Vaccination report Assam 1896-1927 - 1896-1927
Year: 1896
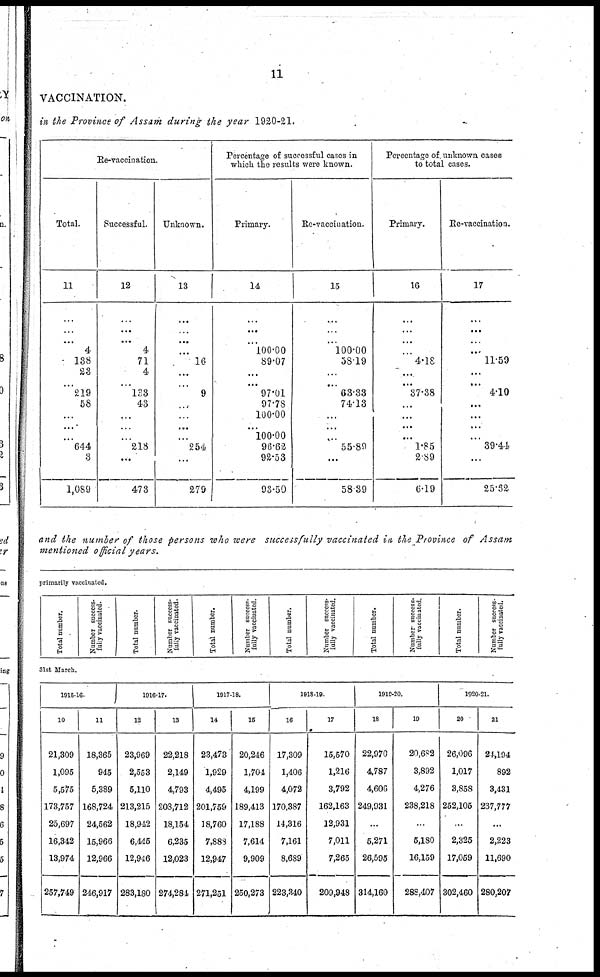
11
VACCINATION.
in the Province of Assam during the year 1920-21.
Re-vaccination.
Total.
11
...
...
...
4
138
23
...
219
58
...
...
...
644
8
1,089
Successful.
12
...
...
...
4
71
4
...
133
43
...
...
...
218
...
473
Unknown.
13
...
...
...
...
16
...
...
9
...
...
...
...
254
...
279
Percentage of successful cases in
which the results were known.
Primary.
14
...
...
...
100.00
89.07
...
...
97.01
97.78
100.00
...
100.00
96.62
92.53
93.50
Re-vaccination.
15
...
...
...
100.00
58.19
...
...
68.33
74.13
...
...
...
55.80
...
58.39
Percentage of unknown cases
to total cases.
Primary.
16
...
...
...
...
4.18
...
...
37.38
...
...
...
...
1.85
2.89
6.19
Re-vaccination.
17
...
...
...
...
11.59
...
...
4.10
...
...
...
...
39.44
...
25.62
and the number of those persons who were successfully vaccinated in the Province of Assam
mentioned official years.
primarily vaccinated.
Total number.
Number success¬
fully vaccinated.
Total number.
Number success-
fully vaccinated.
Total number.
Number success-
fully vaccinated.
Total number.
Number success¬
fully vaccinated.
Total number.
Number success-
fully vaccinated.
Total number.
Number success-
fully vaccinated.
31st March.
1915-16.
10
21,309
1,095
5,575
173,757
25,697
16,342
13,974
257,749
11
18,365
945
5,389
168,724
24,562
15,966
12,966
246,917
1016-17.
12
23,969
2,553
5,110
213,215
18,942
6,445
12,946
283,180
13
22,218
2,149
4,793
208,712
18,154
6,235
12,023
274,284
1917-18.
14
23,473
1,929
4,495
201,759
18,760
7,888
12,947
271,251
15
20,246
1,704
4,199
189,413
17,188
7,614
9,909
250,273
1918-19.
16
17,309
1,406
4,072
170,387
14,316
7,161
8,689
223,340
17
15,570
1,216
3,792
162,163
12,931
7,011
7,265
209,943
1919-20.
18
22,970
4,787
4,606
249,931
...
5,271
26,595
314,160
19
20,682
3,892
4,276
238,218
...
5,180
16,159
288,407
1920-21.
20
26,096
1,017
3,858
252,105
...
2,325
17,059
302,460
21
24,194
892
3,431
237,777
...
2,223
11,690
280,207